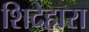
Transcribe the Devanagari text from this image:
शिदेहारा